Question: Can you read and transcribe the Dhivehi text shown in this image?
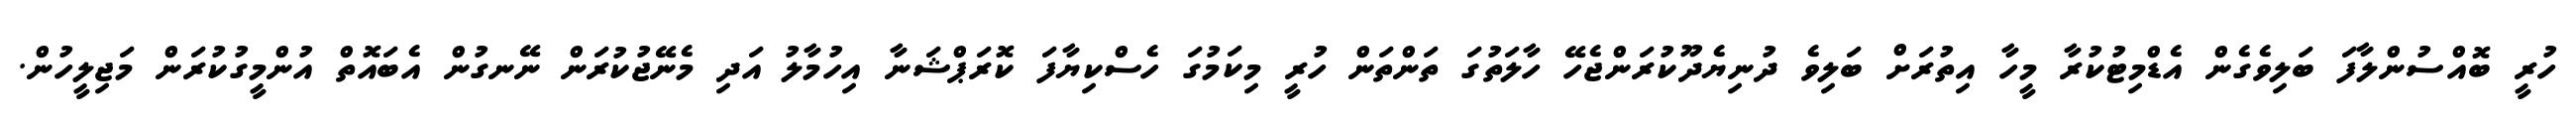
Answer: ހުރީ ބޮއްސުންލާފަ ބަލިވެގެން އެޑްމިޓުކުރާ މީހާ އިތުރަށް ބަލިވެ ދުނިޔެދޫކުރަންޖެހޭ ހާލަތުގަ ތަންތަން ހުރީ މިކަމުގަ ހެސްކިޔާފަ ކޮރަޕްޝަނާ އިހުމާލު އަދި މެނޭޖުކުރަން ނޭނގުން އެބައޮތް އުންމީގުކުރަން މަޖިލީހުން.